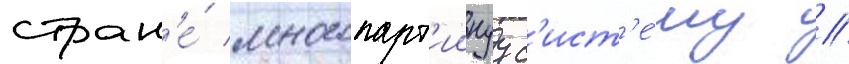
стран'е́ многопарт'иинуу с'ист'е́му //